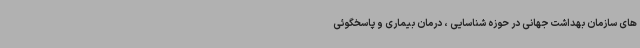
های سازمان بهداشت جهانی در حوزه شناسایی ، درمان بیماری و پاسخگوئی